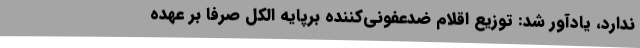
ندارد، یادآور شد: توزیع اقلام ضدعفونی‌کننده برپایه الکل صرفا بر عهده